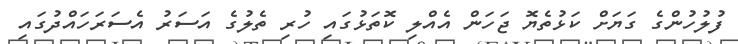
ފުލުހުންގެ ގަޔަށް ކަޅުތެޔޮ ޖަހަން އެއްލި ކޮތަޅުގައި ހުރި ތެލުގެ އަސަރު އެސަރަހައްދުގައި